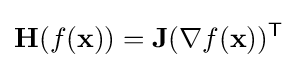
\mathbf {H} (f(\mathbf {x} ))=\mathbf {J} (\nabla f(\mathbf {x} ))^{\mathsf {T}}